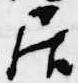
居